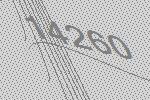
14260